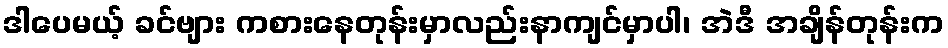
ဒါပေမယ့် ခင်ဗျား ကစားနေတုန်းမှာလည်းနာကျင်မှာပါ၊ အဲဒီ အချိန်တုန်းက